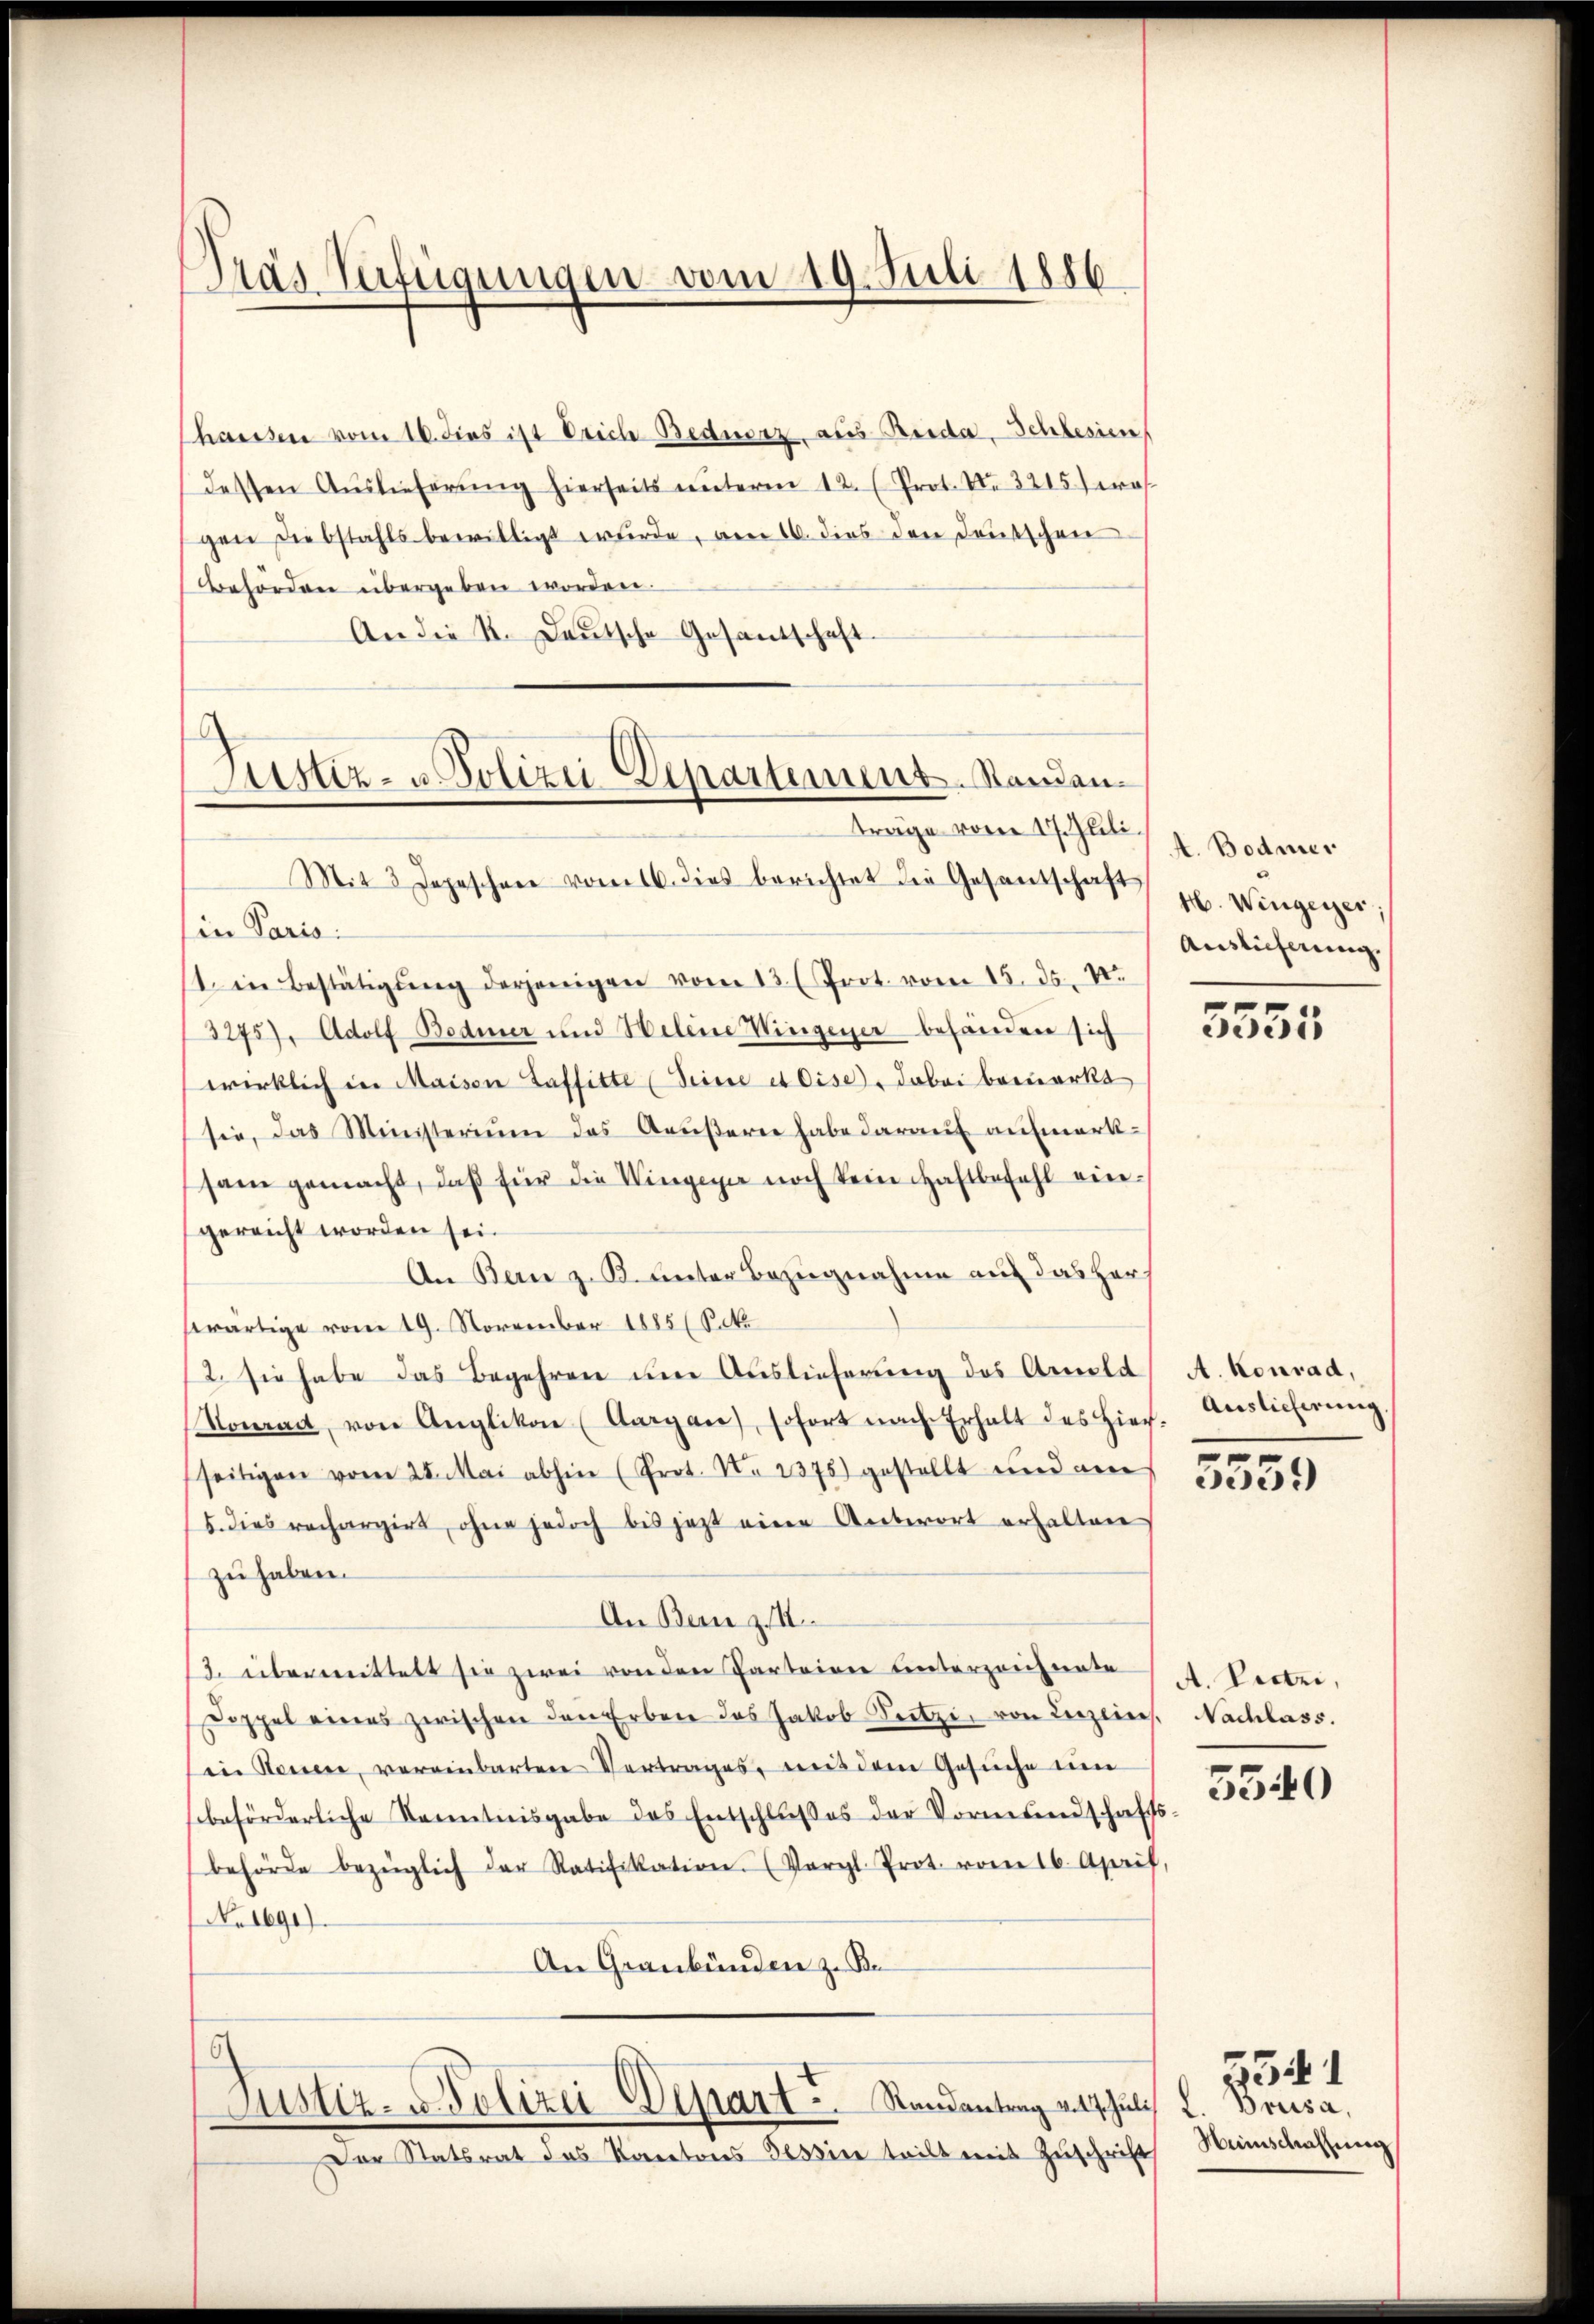
Tras Verfügungen vom 19. Juli 1886.

haussen vom 16. dies ist Erich Bedierz, aus Reida, Schlesien
dessen Auslieferung hierseits unterm 12. (Prot. N. 3215 f era
gen Diebstahls bewilligt wurde, am 16. dies den Deutschen
Behörden übergeben worden.
An die K. Deutsche Gesantschaft.

Mit 3 Depeschen vom 16. dies berichtet die Gesandschaft
in Paris.
11. in Bestätigŭng derjenigen vom 13. (Prot. vom 15. ds. 1.
3275), Adolf Bodmer und Helene Wingener behanden sich
wirklich in Maisen Taffitte (Seine et dise, dabei bemerkt
sie, das Ministerium das Aŭβern habe darauf aufmerksam gemacht, daβ für die Wingener noch kein Haftbefehl eingereicht worden sei.
An Bern z. B. unter Bezugnahme auf das Herz
swärtige vom 19. November 1885 (Rek
2. sie habe das Begehren um Auslieferung des Arnold
Konrad von Anglikon (Aargau), sofort nach Erhalt des hier. Auslicherŭng.
(seitigen vom 28. Mai abhin (Prot. No 1378) gestellt und am
5. dies rechargirt, ohne jedoch bis jetzt eine Antwort erhalten
zu haben.
An Bern z. 1
3. übermittelt sie zwei von den Parteien unterzeichnete
Doppel eines zwischen den Erben das Jakob Seitzi, von Lenzins. Nachlass.
in Neuen, vereinbarten Vertrages, aus dem Gesuche em
beförderliche Kenntnisgabe des Entschlŭβ es der Vormundschafts
behörde bezüglich der Ratifikation. (Vergl. Prot. vom 16. April
NNo. 1691).
An Graubünden zu Be
Justiz- u. Polizei Depart. Randantrag v. 17. Juli
Dor Statsrat das Kantons Tessine teilt mit Zuschrift

.
Justiz- u. Polizei Departement. Standanträge vom 17. Glili.

A. Bodmer
H. Wingerer,
Auslieferung

5555

A. Konrad,
5559

A. Pectzi,
5340

Brusa,
Menschaffung

2541